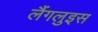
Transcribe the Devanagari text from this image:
लैंगलुइस